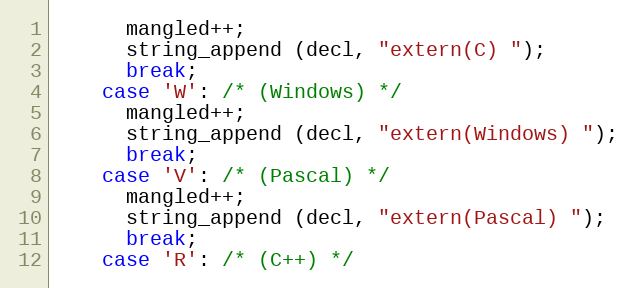
Language: C
      mangled++;
      string_append (decl, "extern(C) ");
      break;
    case 'W': /* (Windows) */
      mangled++;
      string_append (decl, "extern(Windows) ");
      break;
    case 'V': /* (Pascal) */
      mangled++;
      string_append (decl, "extern(Pascal) ");
      break;
    case 'R': /* (C++) */